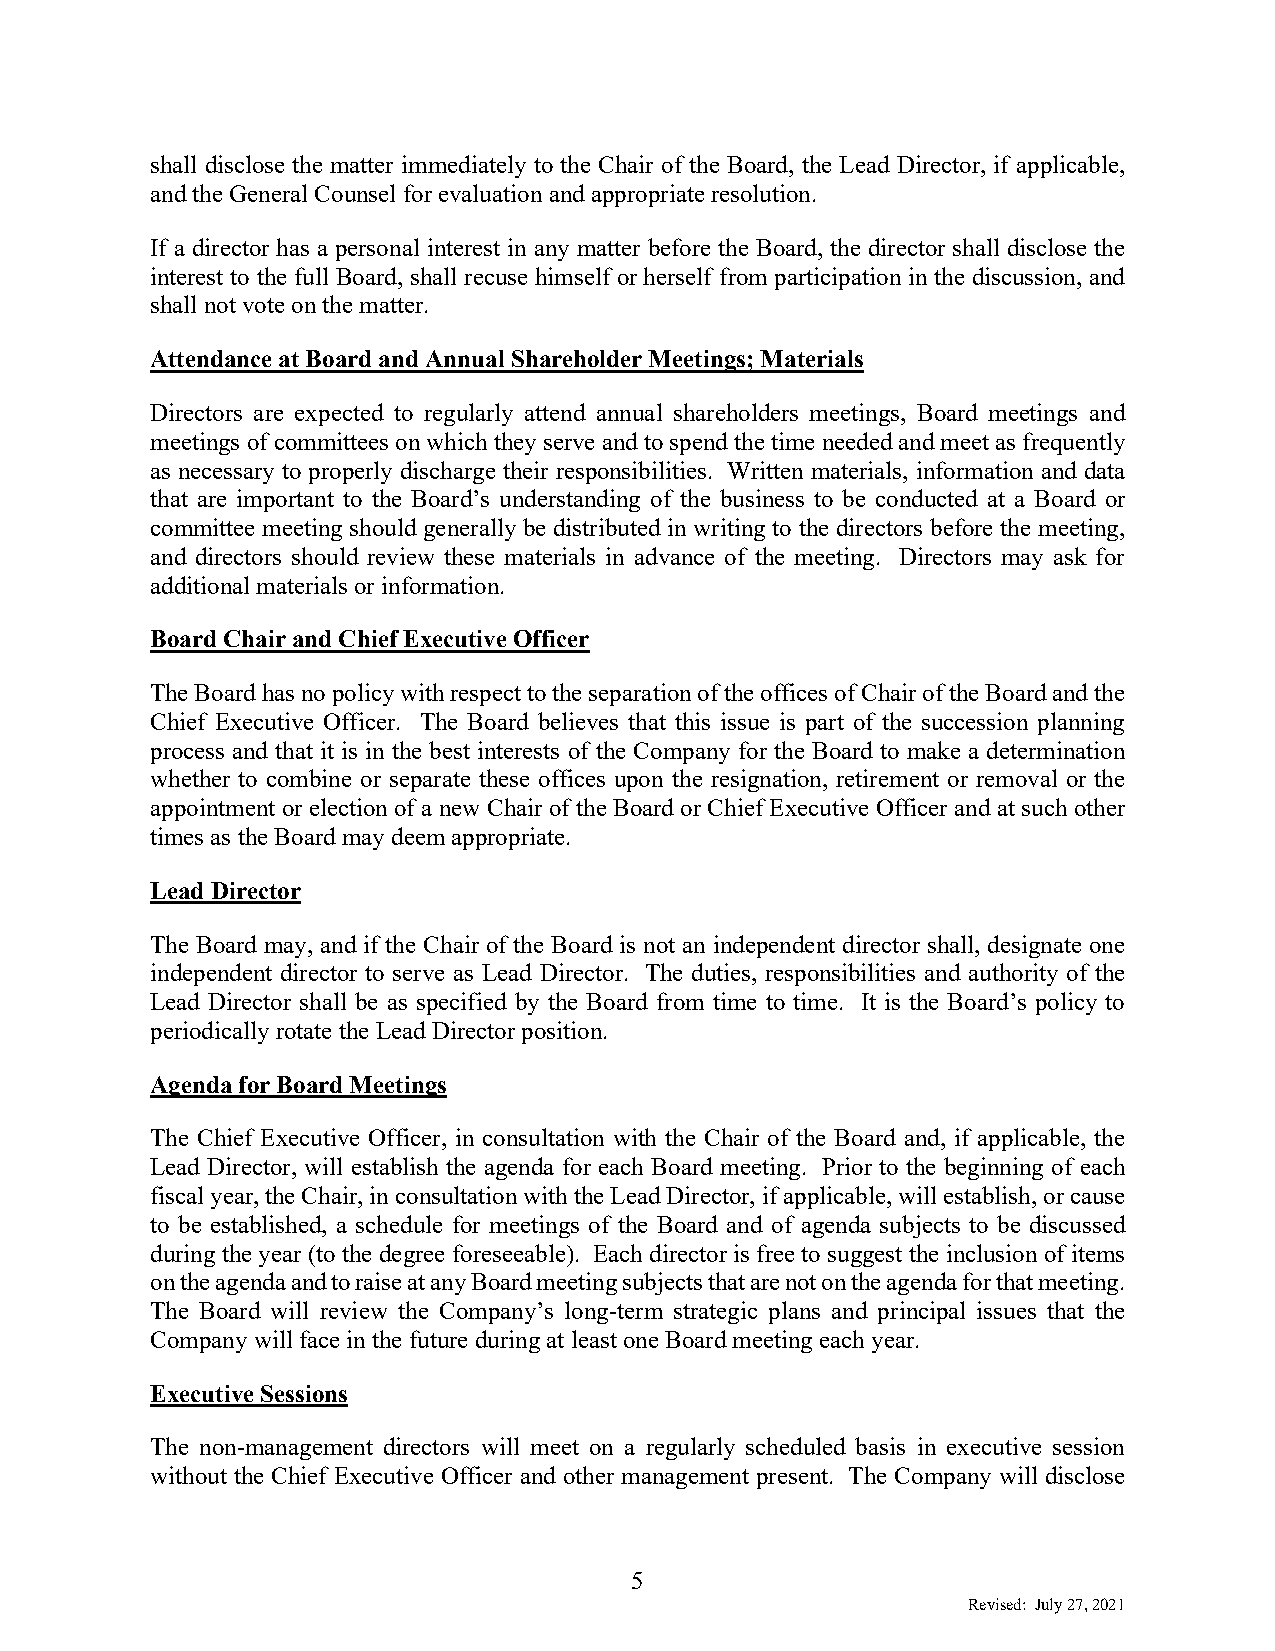
shall disclose the matter immediately to the Chair of the Board, the Lead Director, if applicable,
 and the General Counsel for evaluation and appropriate resolution.
 If a director has a personal interest in any matter before the Board, the director shall disclose the
 interest to the full Board, shall recuse himself or herself from participation in the discussion, and
 shall not vote on the matter.
 Attendance at Board and Annual Shareholder Meetings; Materials
 Directors are expected to regularly attend annual shareholders meetings, Board meetings and
 meetings of committees on which they serve and to spend the time needed and meet as frequently
 as necessary to properly discharge their responsibilities. Written materials, information and data
 that are important to the Board’s understanding of the business to be conducted at a Board or
 committee meeting should generally be distributed in writing to the directors before the meeting,
 and directors should review these materials in advance of the meeting. Directors may ask for
 additional materials or information.
 Board Chair and Chief Executive Officer
 The Board has no policy with respect to the separation of the offices of Chair of the Board and the
 Chief Executive Officer. The Board believes that this issue is part of the succession planning
 process and that it is in the best interests of the Company for the Board to make a determination
 whether to combine or separate these offices upon the resignation, retirement or removal or the
 appointment or election of a new Chair of the Board or Chief Executive Officer and at such other
 times as the Board may deem appropriate.
 Lead Director
 The Board may, and if the Chair of the Board is not an independent director shall, designate one
 independent director to serve as Lead Director. The duties, responsibilities and authority of the
 Lead Director shall be as specified by the Board from time to time. It is the Board’s policy to
 periodically rotate the Lead Director position.
 Agenda for Board Meetings
 The Chief Executive Officer, in consultation with the Chair of the Board and, if applicable, the
 Lead Director, will establish the agenda for each Board meeting. Prior to the beginning of each
 fiscal year, the Chair, in consultation with the Lead Director, if applicable, will establish, or cause
 to be established, a schedule for meetings of the Board and of agenda subjects to be discussed
 during the year (to the degree foreseeable). Each director is free to suggest the inclusion of items
 on the agenda and to raise at any Board meeting subjects that are not on the agenda for that meeting.
 The Board will review the Company’s long-term strategic plans and principal issues that the
 Company will face in the future during at least one Board meeting each year.
 Executive Sessions
 The non-management directors will meet on a regularly scheduled basis in executive session
 without the Chief Executive Officer and other management present. The Company will disclose
 5
 Revised: July 27, 2021